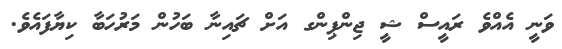
ވަނީ އެއްވެ ރައީސް ޝީ ޖިންޕިންގ އަށް ޗައިނާ ބަހުން މަރުހަބާ ކިޔާފައެވެ.